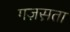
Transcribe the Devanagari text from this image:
गज़स़ता